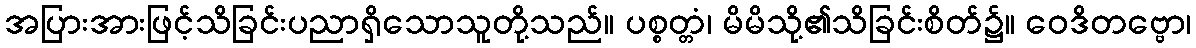
အပြားအားဖြင့်သိခြင်းပညာရှိသောသူတို့သည်။ ပစ္စတ္တံ၊ မိမိသို့၏သိခြင်းစိတ်၌။ ဝေဒိတဗ္ဗော၊